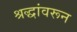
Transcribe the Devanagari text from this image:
श्रद्धांवरून